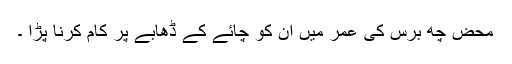
محض چھ برس کی عمر میں ان کو چائے کے ڈھابے پر کام کرنا پڑا ۔